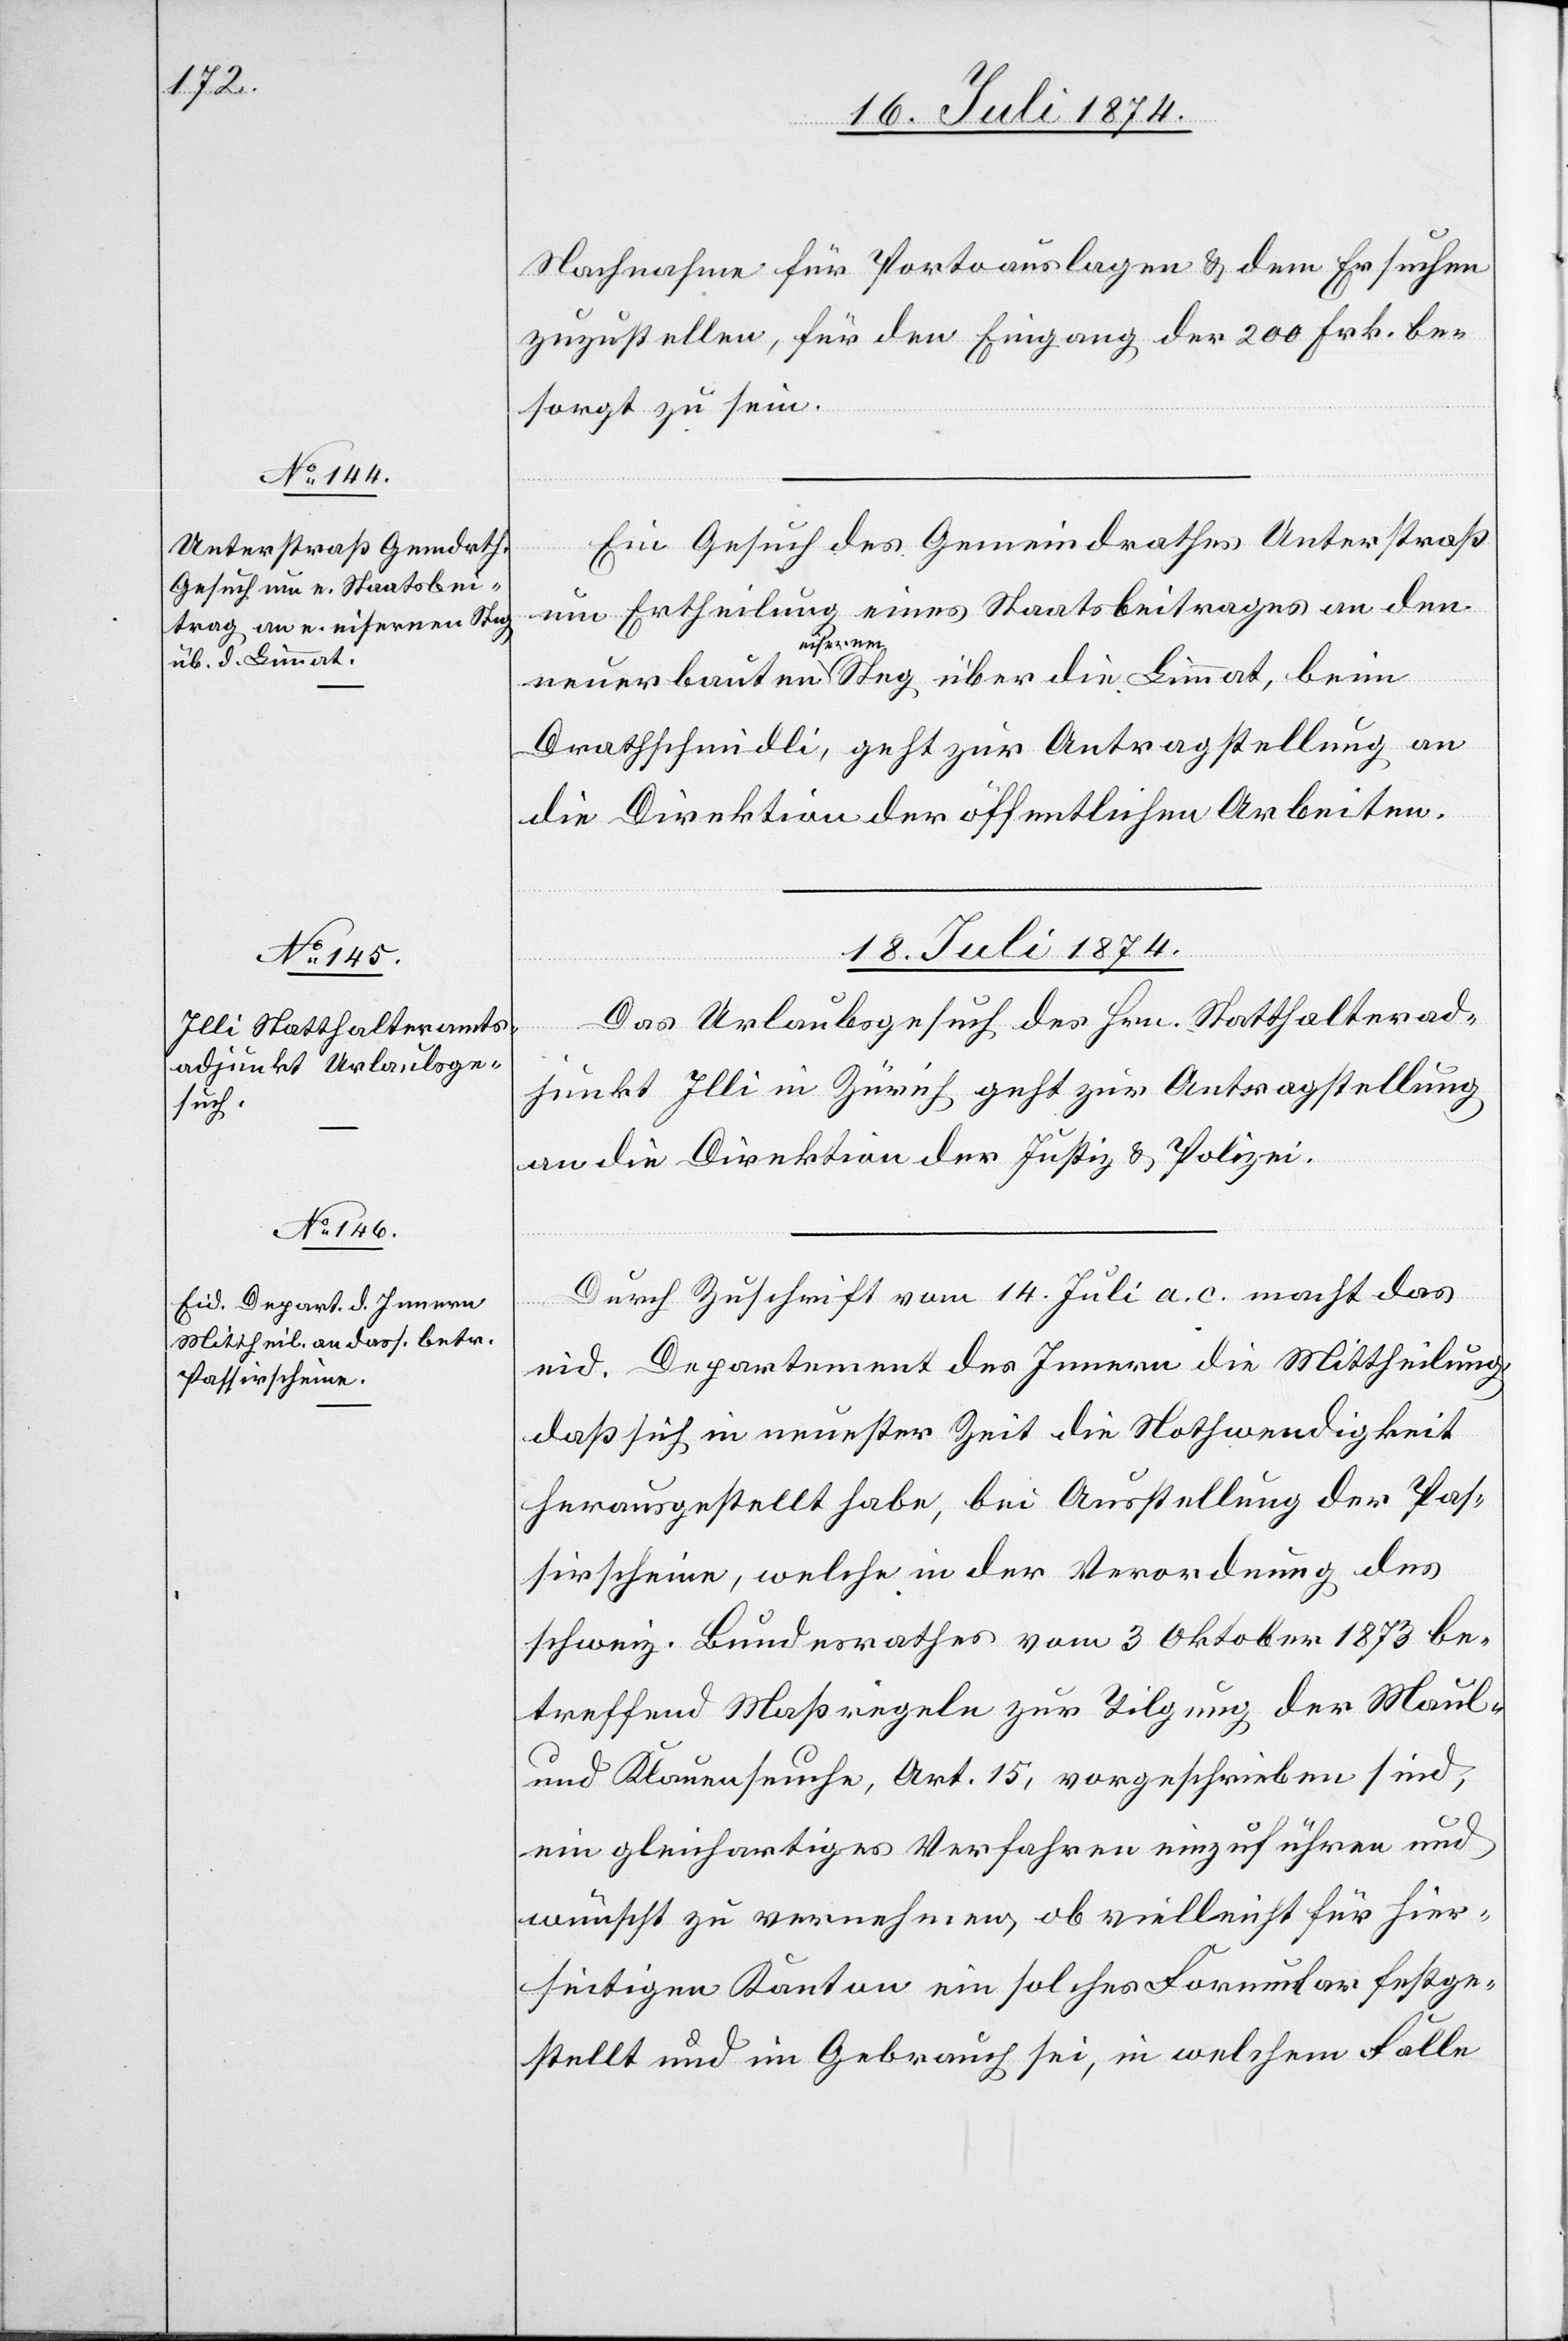
Nachnahme für Portoauslagen u. dem Ersuchen
zuzustellen, für den Eingang der 200 Frk. be¬
sorgt zu sein.
Ein Gesuch des Gemeindrathes Unterstraß
baute¬
um Ertheilung eines Staatsbeitrages an den
n eisernen Steg über die Limmat, beim
Drathschmidli, geht zur Antragstellung an
die Direktion der öffentlichen Arbeiten.
18. Juli 1874.]
Das Urlaubsgesuch des Hrn. Statthalterad¬
junkt Illi in Zürich geht zur Antragstellung
an die Direktion der Justiz u. Polizei.
Durch Zuschrift vom 14. Juli a. c. macht das
eid. Departement des Innern die Mittheilung,
daß sich in neuester Zeit die Nothwendigkeit
herausgestellt habe, bei Ausstellung der Pas¬
sirscheine, welche in der Verordnung des
schweiz. Bundesrathes vom 3. Oktober 1873 be¬
treffend Maßregeln zur Tilgung der Maul-
und Klauenseuche, Art. 15, vorgeschrieben sind,
ein gleichartiges Verfahren einzuführen und
wünscht zu vernehmen ob vielleicht für hier¬
seitigen Kanton ein solches Formular festge¬
stellt und im Gebrauch sei, in welchem Falle